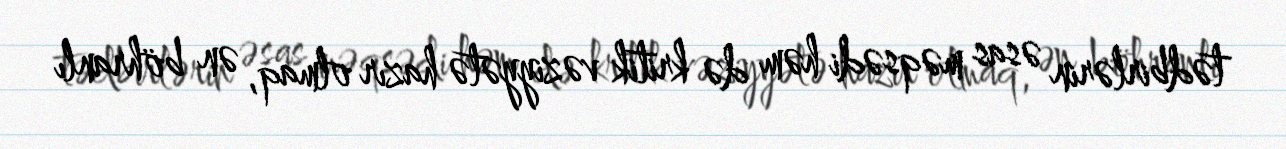
tədbirlərin əsas məqsədi həm də kritik vəziyyətə hazır olmaq, ən böhranlı